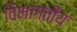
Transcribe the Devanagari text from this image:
विभागतीय